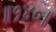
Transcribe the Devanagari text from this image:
॥१४०॥